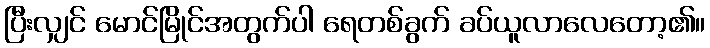
ပြီးလျှင် မောင်မြိုင်အတွက်ပါ ရေတစ်ခွက် ခပ်ယူလာလေတော့၏။